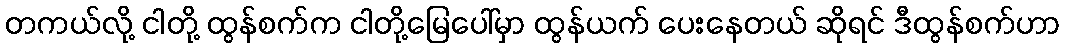
တကယ်လို့ ငါတို့ ထွန်စက်က ငါတို့မြေပေါ်မှာ ထွန်ယက် ပေးနေတယ် ဆိုရင် ဒီထွန်စက်ဟာ